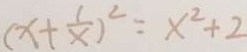
( x + \frac { 1 } { x } ) ^ { 2 } = x ^ { 2 } + 2